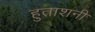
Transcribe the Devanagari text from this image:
हुताशनी